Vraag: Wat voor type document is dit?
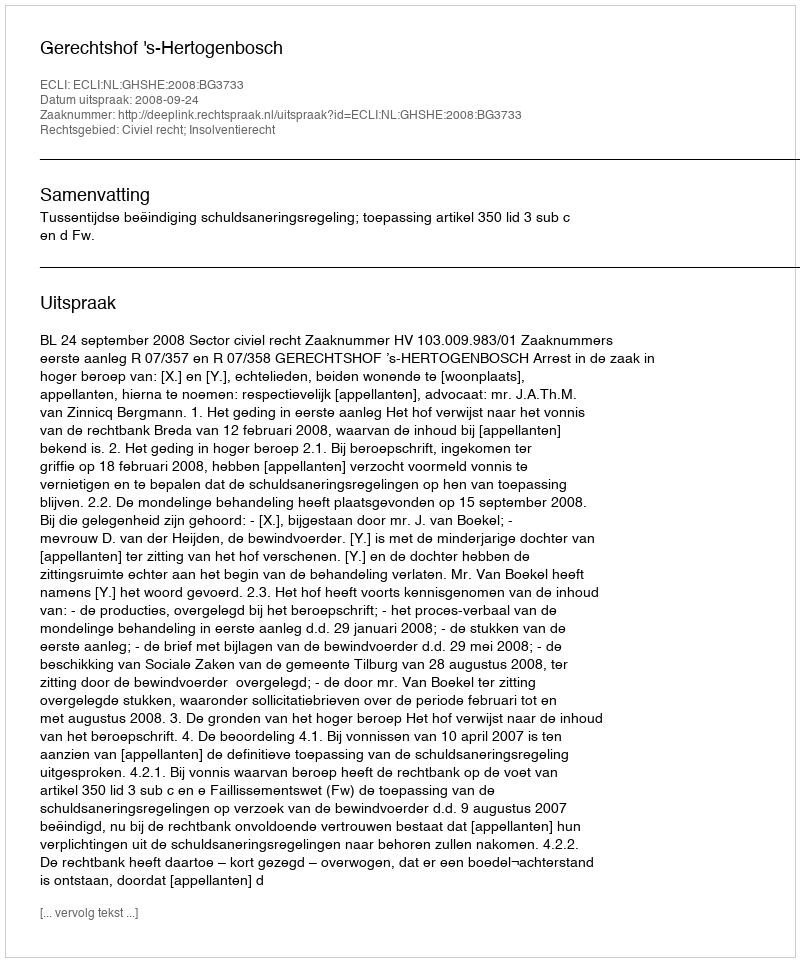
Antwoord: Uitspraak